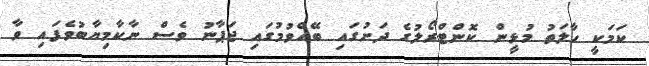
ކަމަކީ ހާލަތު މުޅީން ކޮންޓްރޯލުގެ ދަށުގައި ބޭއްވުމުގައި ޖަޕާނު ވެސް ނާކާމިޔާބުވެފައި ވާ